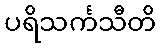
ပရိသင်္ကသီတိ